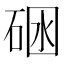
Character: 𱴆